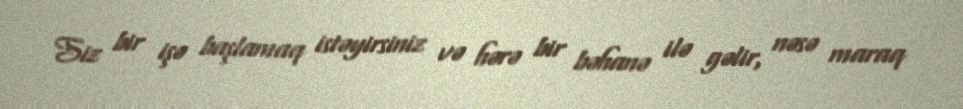
Siz bir işə başlamaq istəyirsiniz və hərə bir bəhanə ilə gəlir, nəsə maraq